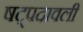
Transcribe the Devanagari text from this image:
षट्पदावली